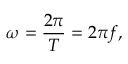
\omega = { \frac { 2 \pi } { T } } = { 2 \pi f } ,